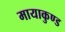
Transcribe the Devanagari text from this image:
मायाकुण्ड